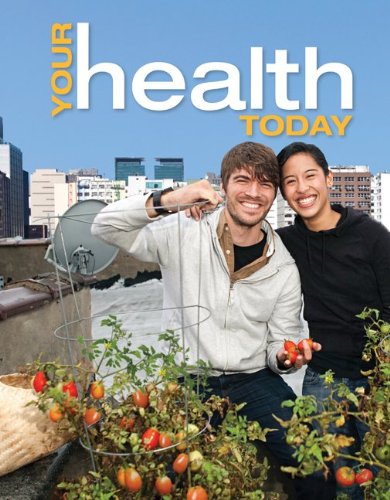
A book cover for Your Health Today: Choices in a Changing Society; Michael Teague; Medical Books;